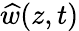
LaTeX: {\widehat{w}}(z,t)